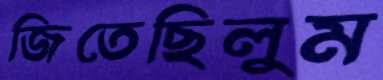
জিতেছিলুম